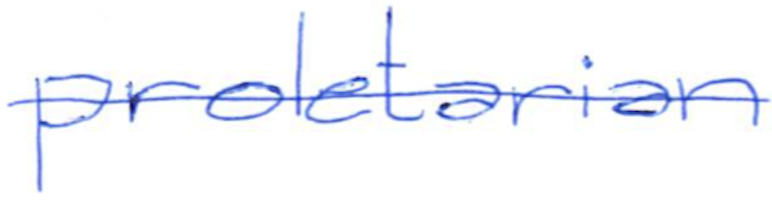
Text: proletarian
Cross-out: single-line
Writing tool: ballpoint